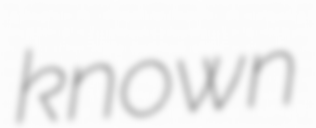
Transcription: known